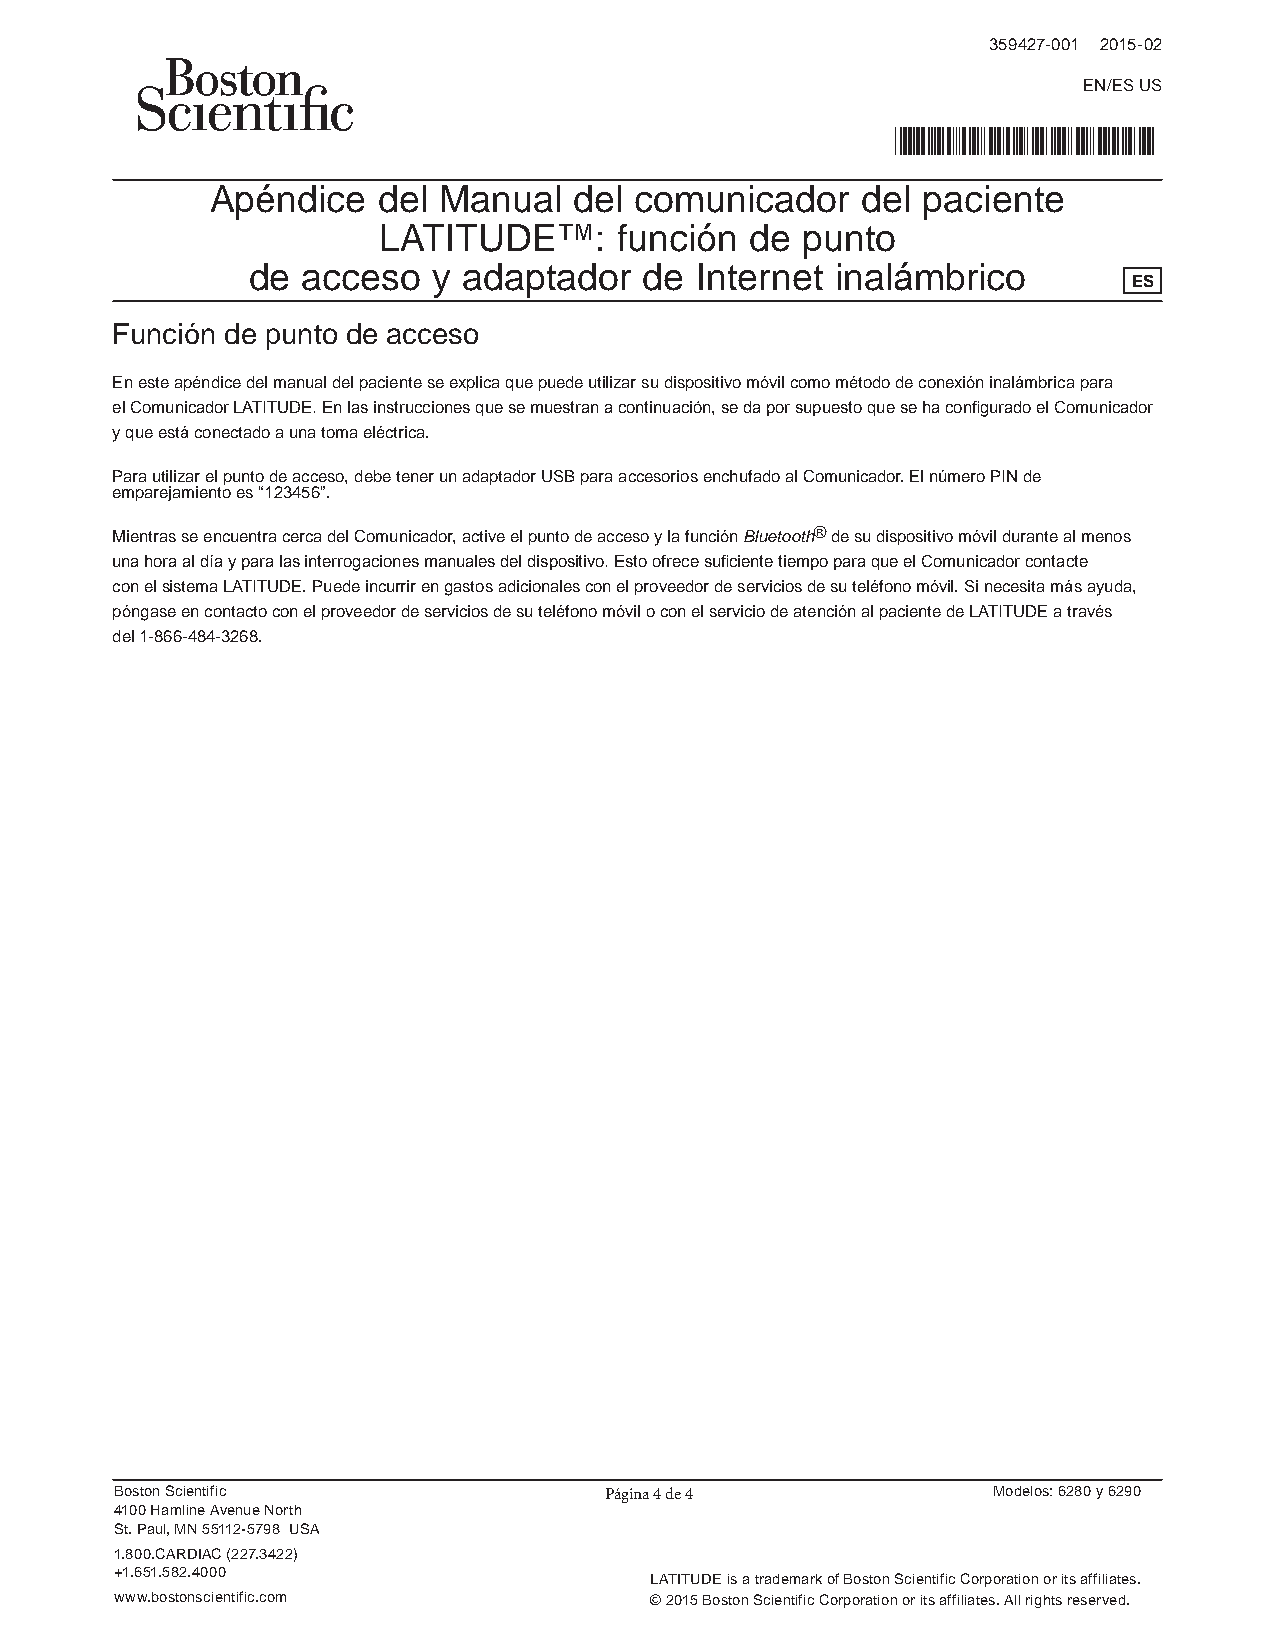
359427-001 2015-02
 EN/ES US
 *359427-001*
 Apéndice   del Manual   del comunicador    del paciente
 LATITUDE™:      función  de punto
 de  acceso   y adaptador   de Internet inalámbrico
 ES
 Función de punto de acceso
 En este apéndice del manual del paciente se explica que puede utilizar su dispositivo móvil como método de conexión inalámbrica para
 el Comunicador LATITUDE. En las instrucciones que se muestran a continuación, se da por supuesto que se ha configurado el Comunicador
 y que está conectado a una toma eléctrica.
 Para utilizar el punto de acceso, debe tener un adaptador USB para accesorios enchufado al Comunicador. El número PIN de
 emparejamiento es “123456”.
 Mientras se encuentra cerca del Comunicador, active el punto de acceso y la función Bluetooth® de su dispositivo móvil durante al menos
 una hora al día y para las interrogaciones manuales del dispositivo. Esto ofrece suficiente tiempo para que el Comunicador contacte
 con el sistema LATITUDE. Puede incurrir en gastos adicionales con el proveedor de servicios de su teléfono móvil. Si necesita más ayuda,
 póngase en contacto con el proveedor de servicios de su teléfono móvil o con el servicio de atención al paciente de LATITUDE a través
 del 1-866-484-3268.
 Boston Scientific               Página 4 de 4             Modelos: 6280 y 6290
 4100 Hamline Avenue North
 St. Paul, MN 55112-5798 USA
 1.800.CARDIAC (227.3422)
 +1.651.582.4000
 LATITUDE is a trademark of Boston Scientific Corporation or its affiliates.
 www.bostonscientific.com           © 2015 Boston Scientific Corporation or its affiliates. All rights reserved.